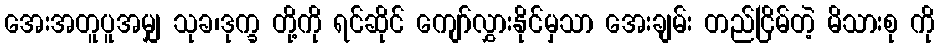
အေးအတူပူအမျှ သုခ၊ဒုက္ခ တို့ကို ရင်ဆိုင် ကျော်လွှားနိုင်မှသာ အေးချမ်း တည်ငြိမ်တဲ့ မိသားစု ကို